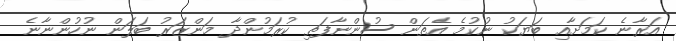
އަރާނެ ކަމަށާއި ބަޔަކު ނުކުމެ އެތަން ސުންނާފަތި ކުރަމުންދާ މަންޒަރު ބަލަން ނުހުންނާނެ